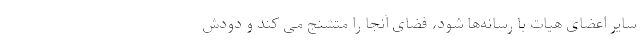
سایر اعضای هیات با رسانه‌ها شود، فضای آنجا را متشنج می کند و دودش